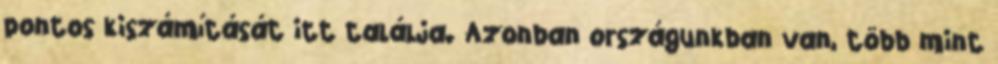
pontos kiszámítását itt találja. Azonban országunkban van, több mint